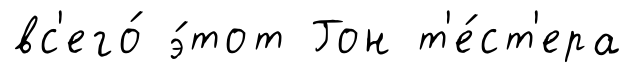
вс'его́ э́тот Гон т'е́ст'ера